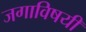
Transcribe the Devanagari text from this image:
जगाविषयी